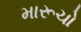
મારૂચો